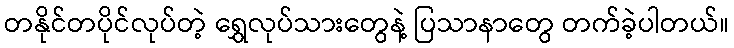
တနိုင်တပိုင်လုပ်တဲ့ ရွှေလုပ်သားတွေနဲ့ ပြသာနာတွေ တက်ခဲ့ပါတယ်။